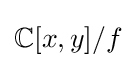
\mathbb {C} [x,y]/f